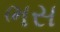
ભસ